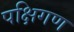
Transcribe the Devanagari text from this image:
पक्षिगण